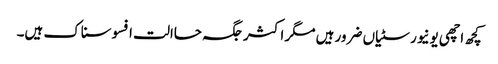
کچھ اچھی یونیورسٹیاں ضرور ہیں مگر اکثر جگہ حاالت افسوسناک ہیں۔